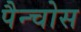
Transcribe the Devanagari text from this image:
पैन्चोस